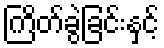
ကြိတ်ခွဲခြင်းနှင့်